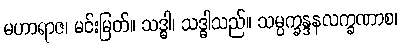
မဟာရာဇ၊ မင်းမြတ်။ သဒ္ဓါ၊ သဒ္ဓါသည်။ သမ္ပက္ခန္ဒနလက္ခဏာစ၊